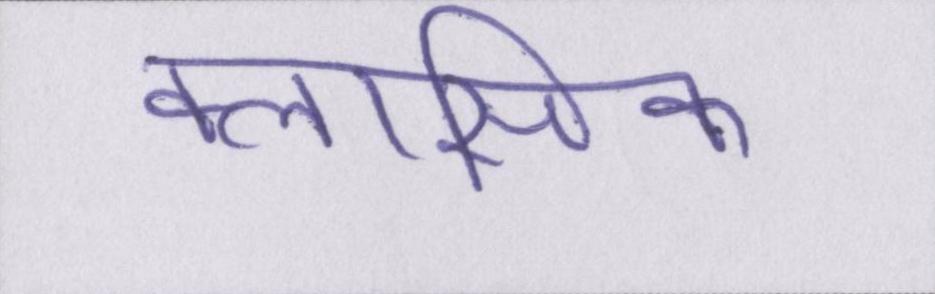
क्लासिक